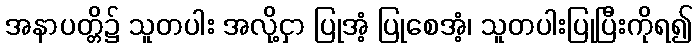
အနာပတ္တိ၌ သူတပါး အလို့ငှာ ပြုအံ့ ပြုစေအံ့၊ သူတပါးပြုပြီးကိုရ၍